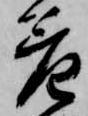
差